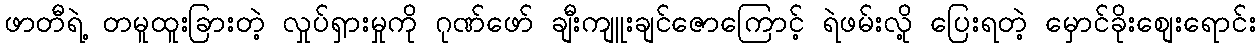
ဖာတီရဲ့ တမူထူးခြားတဲ့ လှုပ်ရှားမှုကို ဂုဏ်ဖော် ချီးကျူးချင်ဇောကြောင့် ရဲဖမ်းလို့ ပြေးရတဲ့ မှောင်ခိုးစျေးရောင်း